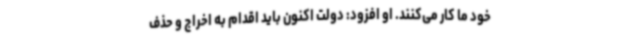
خود ما کار می‌کنند. او افزود: دولت اکنون باید اقدام به اخراج و حذف